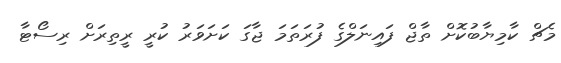
މެޗް ކާމިޔާބުކޮށް ތާޖް ފައިނަލްގެ ފުރަތަމަ ޖާގަ ކަށަވަރު ކުރީ ރީތިރަށް ރިސޯޓާ